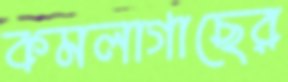
কমলাগাছের